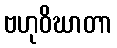
ဗဟုဝိဃာတာ